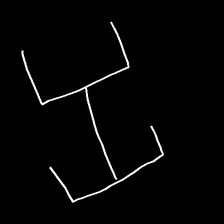
Glyph: entwine